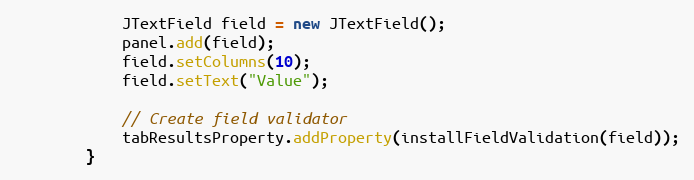
Language: Java
            JTextField field = new JTextField();
            panel.add(field);
            field.setColumns(10);
            field.setText("Value");

            // Create field validator
            tabResultsProperty.addProperty(installFieldValidation(field));
        }